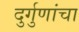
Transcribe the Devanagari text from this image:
दुर्गुणांचा